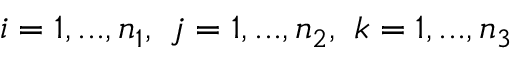
i = 1 , . . . , n _ { 1 } , \ j = 1 , . . . , n _ { 2 } , \ k = 1 , . . . , n _ { 3 }